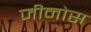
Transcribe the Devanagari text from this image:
जीनोस